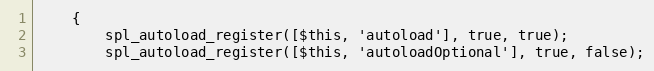
Language: PHP
    {
        spl_autoload_register([$this, 'autoload'], true, true);
        spl_autoload_register([$this, 'autoloadOptional'], true, false);